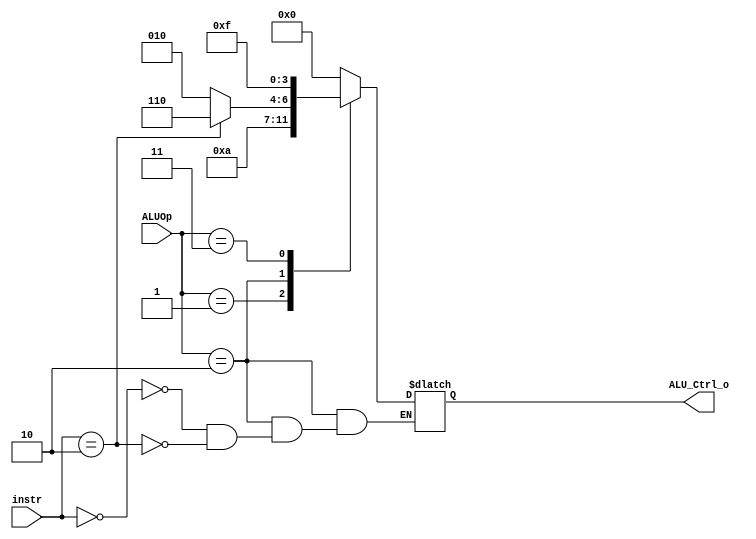
/***************************************************
Student Name:aBPs
Student ID: group11_0816012_0816028 
***************************************************/

   `timescale 1ns/1ps
   /*instr[30,14:12]*/
   module ALU_Ctrl(
       input       [4-1:0] instr,
       input       [2-1:0] ALUOp,
       output reg  [4-1:0] ALU_Ctrl_o
   );
   wire [2:0] func3;
   assign func3 = instr[2:0];
   /* Write your code HERE */
  always@ (*) begin
    case(ALUOp)
	  2'b00: ALU_Ctrl_o = 4'b0000;
	  2'b01: ALU_Ctrl_o = 4'b0101;
	  2'b10: begin
	    case(instr)
		  4'b0000: ALU_Ctrl_o = 4'b0010;
		  4'b0010: ALU_Ctrl_o = 4'b0110;
	    endcase
	  end
	  2'b11: ALU_Ctrl_o = 4'b1111;
    endcase
  end

   endmodule